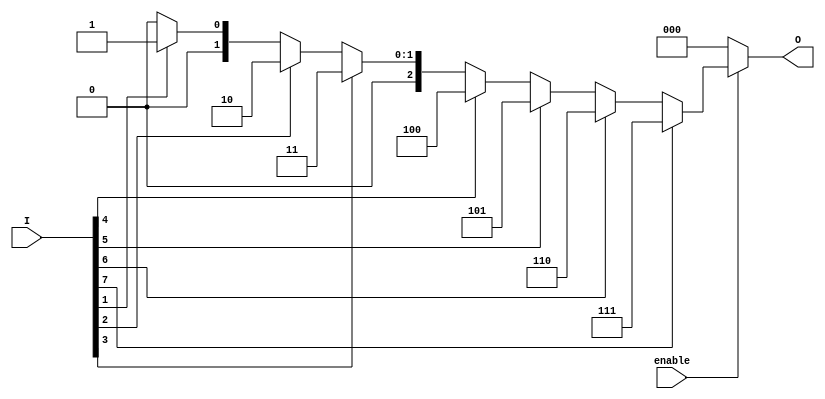
module octal_to_binary_encoder (
    input wire [7:0] I,     // Octal inputs (I0 to I7)
    input wire enable,      // Enable signal
    output reg [2:0] O      // Binary output (O0 to O2)
);

    always @(*) begin
        if (!enable) begin
            O = 3'b000; // Default state when not enabled
        end else begin
            case (1'b1) // Priority encoding
                I[7]: O = 3'b111; // If I7 is active
                I[6]: O = 3'b110; // If I6 is active
                I[5]: O = 3'b101; // If I5 is active
                I[4]: O = 3'b100; // If I4 is active
                I[3]: O = 3'b011; // If I3 is active
                I[2]: O = 3'b010; // If I2 is active
                I[1]: O = 3'b001; // If I1 is active
                I[0]: O = 3'b000; // If I0 is active
                default: O = 3'b000; // Default case for no active inputs
            endcase
        end
    end

endmodule